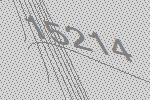
15214